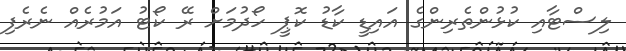
ލިސްޓާއި ކުޅުންތެރިންގެ އައިޑީ ކާޑު ކޮޕީ ހޯދުމަށް ރޭ ކޯޓު އަމުރެއް ނެރެފި